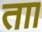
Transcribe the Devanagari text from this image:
ताा